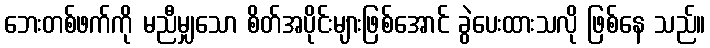
ဘေးတစ်ဖက်ကို မညီမျှသော စိတ်အပိုင်းများဖြစ်အောင် ခွဲပေးထားသလို ဖြစ်နေ သည်။